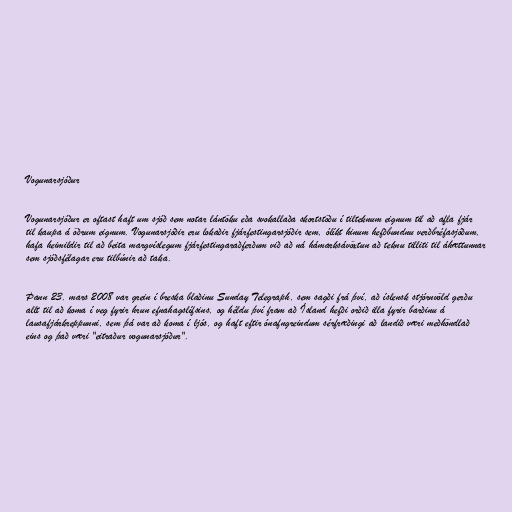
Vogunarsjóður

Vogunarsjóður er oftast haft um sjóð sem notar lántöku eða svokallaða skortstöðu í tilteknum eignum til að afla fjár
til kaupa á öðrum eignum. Vogunarsjóðir eru lokaðir fjárfestingarsjóðir sem, ólíkt hinum hefðbundnu verðbréfasjóðum,
hafa heimildir til að beita margvíslegum fjárfestingar­aðferðum við að ná hámarksávöxtun að teknu tilliti til áhættunnar
sem sjóðsfélagar eru tilbúnir að taka.

Þann 23. mars 2008 var grein í breska blaðinu Sunday Telegraph, sem sagði frá því, að íslensk stjórnvöld gerðu
allt til að koma í veg fyrir hrun efnahagslífsins, og héldu því fram að Ísland hefði orðið illa fyrir barðinu á
lausafjárkreppunni, sem þá var að koma í ljós, og haft eftir ónafngreindum sérfræðingi að landið væri meðhöndlað
eins og það væri "eitraður vogunarsjóður".